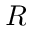
R